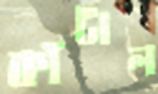
কাঁটাল